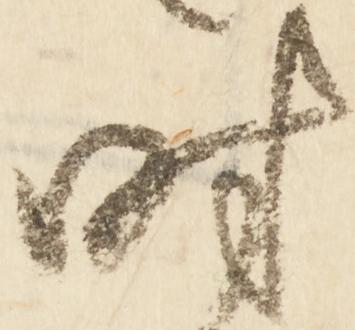
時